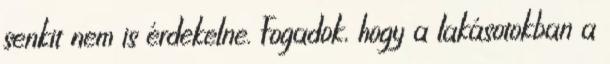
senkit nem is érdekelne. Fogadok, hogy a lakásotokban a